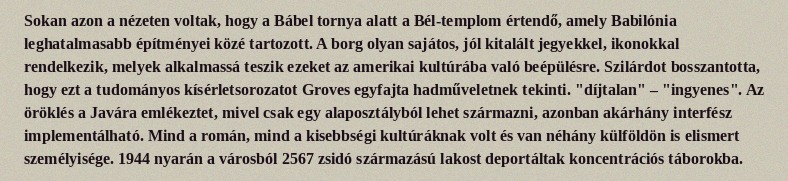
Sokan azon a nézeten voltak, hogy a Bábel tornya alatt a Bél-templom értendő, amely Babilónia leghatalmasabb építményei közé tartozott. A borg olyan sajátos, jól kitalált jegyekkel, ikonokkal rendelkezik, melyek alkalmassá teszik ezeket az amerikai kultúrába való beépülésre. Szilárdot bosszantotta, hogy ezt a tudományos kísérletsorozatot Groves egyfajta hadműveletnek tekinti. "díjtalan" – "ingyenes". Az öröklés a Javára emlékeztet, mivel csak egy alaposztályból lehet származni, azonban akárhány interfész implementálható. Mind a román, mind a kisebbségi kultúráknak volt és van néhány külföldön is elismert személyisége. 1944 nyarán a városból 2567 zsidó származású lakost deportáltak koncentrációs táborokba.